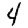
Digit: 4